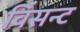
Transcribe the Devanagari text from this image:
विंसन्ट